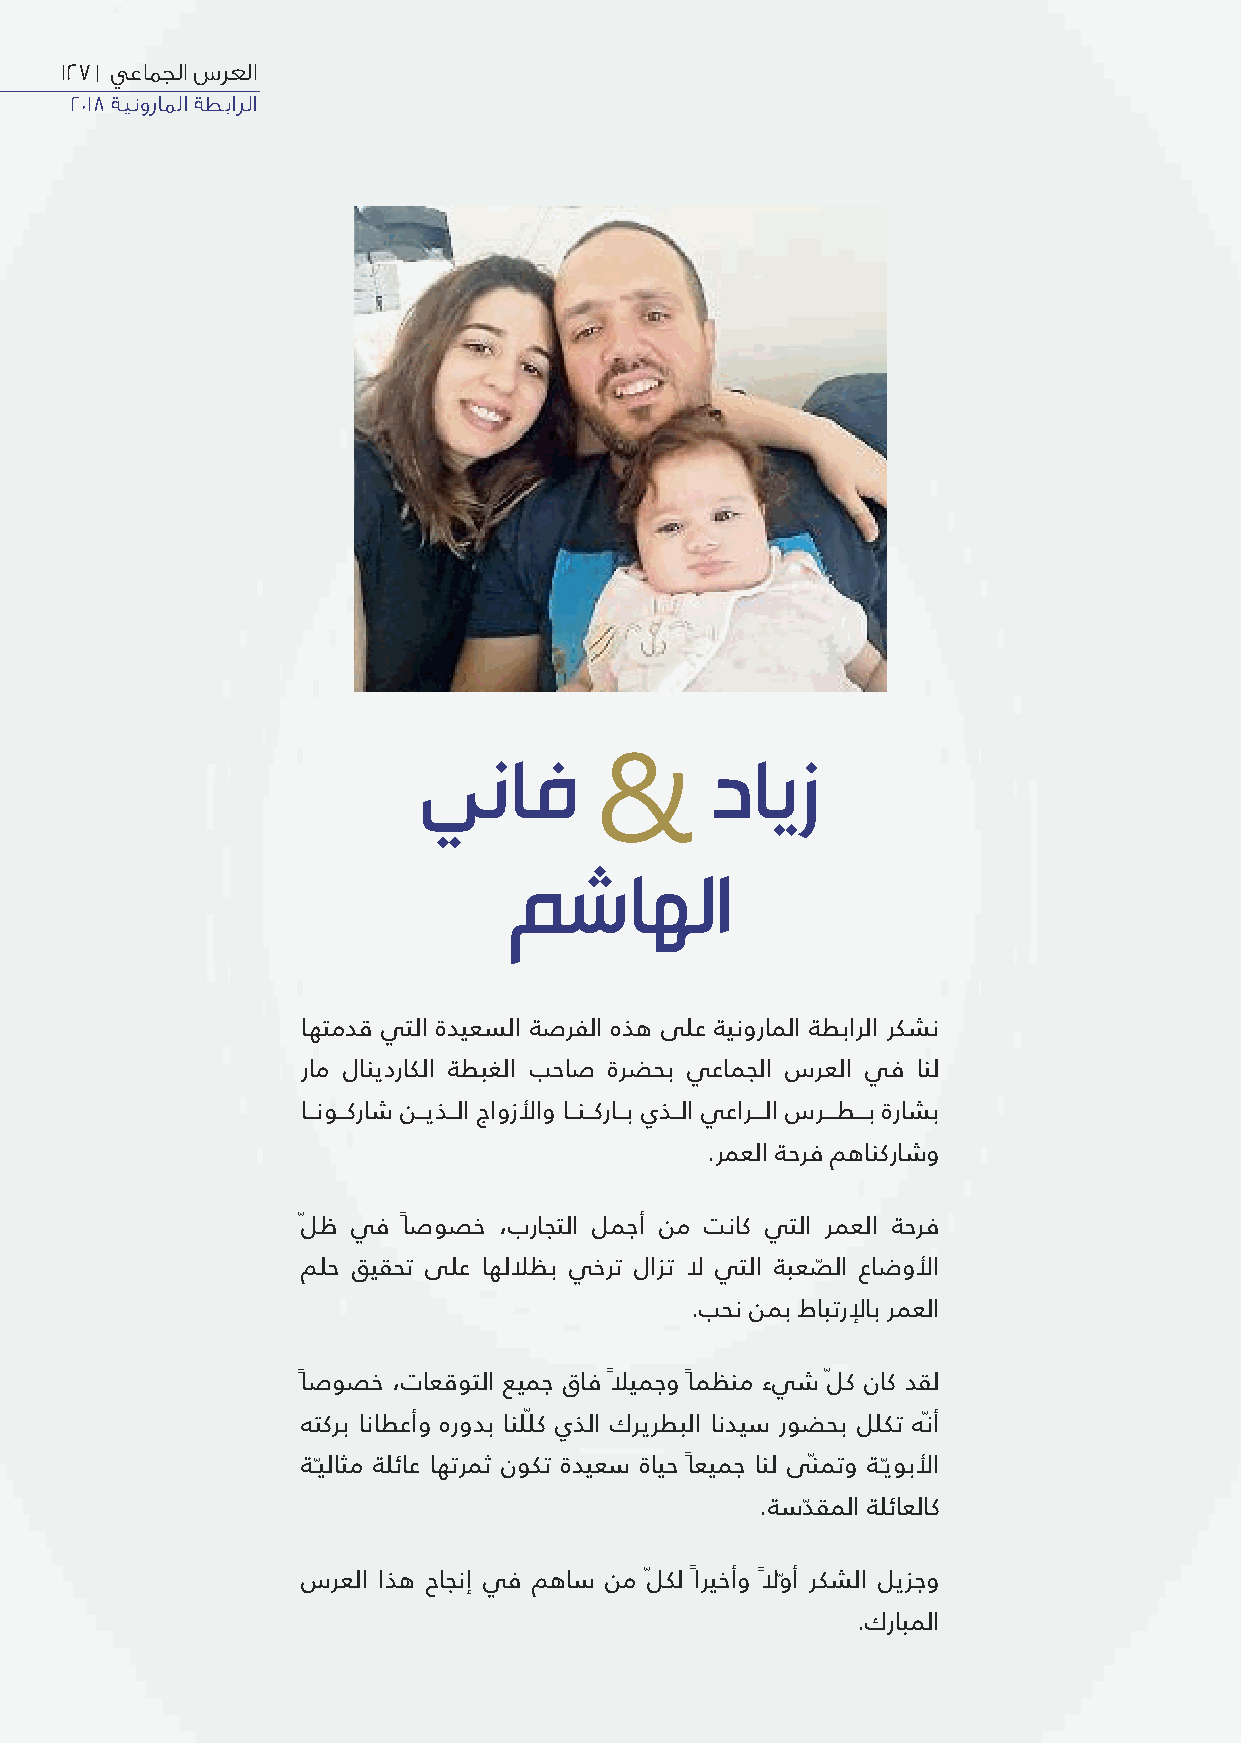
127 | يعامجلا سرعلا
 2018 ةينوراملا ةطبارلا
 يناف               دايز
 &
 مشاهلا
 اهتمدق يتلا ةديعسلا ةصرفلا هذه ىلع ةينوراملا ةطبارلا ركشن
 رام لانيدراكلا ةطبغلا بحاص ةرضحب يعامجلا سرعلا يف انل
 اــنوــكراش نــيذــلا جاوزﻷاو اــنــكراــب يذــلا يعارـــلا سرـــطـــب ةراشب
 .رمعلا ةحرف مهانكراشو
 لّ ظ يف ًاصوصخ ،براجتلا لمجأ نم تناك يتلا رمعلا ةحرف
 ملح قيقحت ىلع اهلﻼظب يخرت لازت ﻻ يتلا ةبعصّ لا عاضوﻷا
 .بحن نمب طابترﻹاب رمعلا
 ًاصوصخ ،تاعقوتلا عيمج قاف ﻼً يمجو ًامظنم ءيش لّ ك ناك دقل
 هتكرب اناطعأو هرودب انلّلك يذلا كريرطبلا انديس روضحب للكت هنّأ
 ةـّيلاثم ةلئاع اهترمث نوكت ةديعس ةايح ًاعيمج انل ىّنمتو ةـيّوبﻷا
 .ةسدّقملا ةلئاعلاك
 سرعلا اذه حاجنإ يف مهاس نم لّ كل ًاريخأو ﻻً وّأ ركشلا ليزجو
 .كرابملا